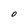
Character: O